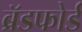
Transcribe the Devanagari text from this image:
ब्रॅडफोर्ड